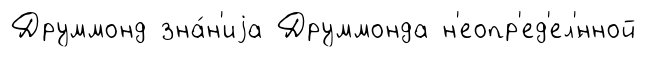
Друммонд зна́н'иjа Друммонда н'еопр'ед'ел'́нной